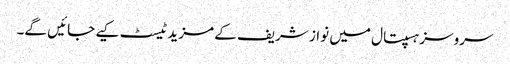
سروسز ہسپتال میں نواز شریف کے مزید ٹیسٹ کیے جائیں گے۔